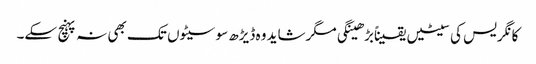
کانگریس کی سیٹیں یقیناًبڑھینگی مگرشاید وہ ڈیڑھ سو سیٹوں تک بھی نہ پہنچ سکے۔